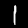
Label: 1